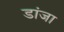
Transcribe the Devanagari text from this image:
डांजा